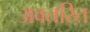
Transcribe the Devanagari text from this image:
अवतरित